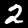
Digit: 2